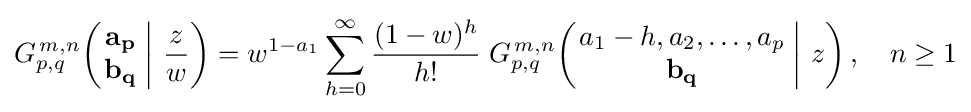
G_{p,q}^{\,m,n}\!\left(\left.{\begin{matrix}\mathbf {a_{p}} \\\mathbf {b_{q}} \end{matrix}}\;\right|\,{\frac {z}{w}}\right)=w^{1-a_{1}}\sum _{h=0}^{\infty }{\frac {(1-w)^{h}}{h!}}\;G_{p,q}^{\,m,n}\!\left(\left.{\begin{matrix}a_{1}-h,a_{2},\dots ,a_{p}\\\mathbf {b_{q}} \end{matrix}}\;\right|\,z\right),\quad n\geq 1